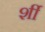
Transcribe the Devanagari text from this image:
र्शी